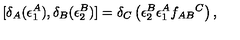
[ \delta _ { A } ( \epsilon _ { 1 } ^ { A } ) , \delta _ { B } ( \epsilon _ { 2 } ^ { B } ) ] = \delta _ { C } \left( \epsilon _ { 2 } ^ { B } \epsilon _ { 1 } ^ { A } f _ { A B } { } ^ { C } \right) ,